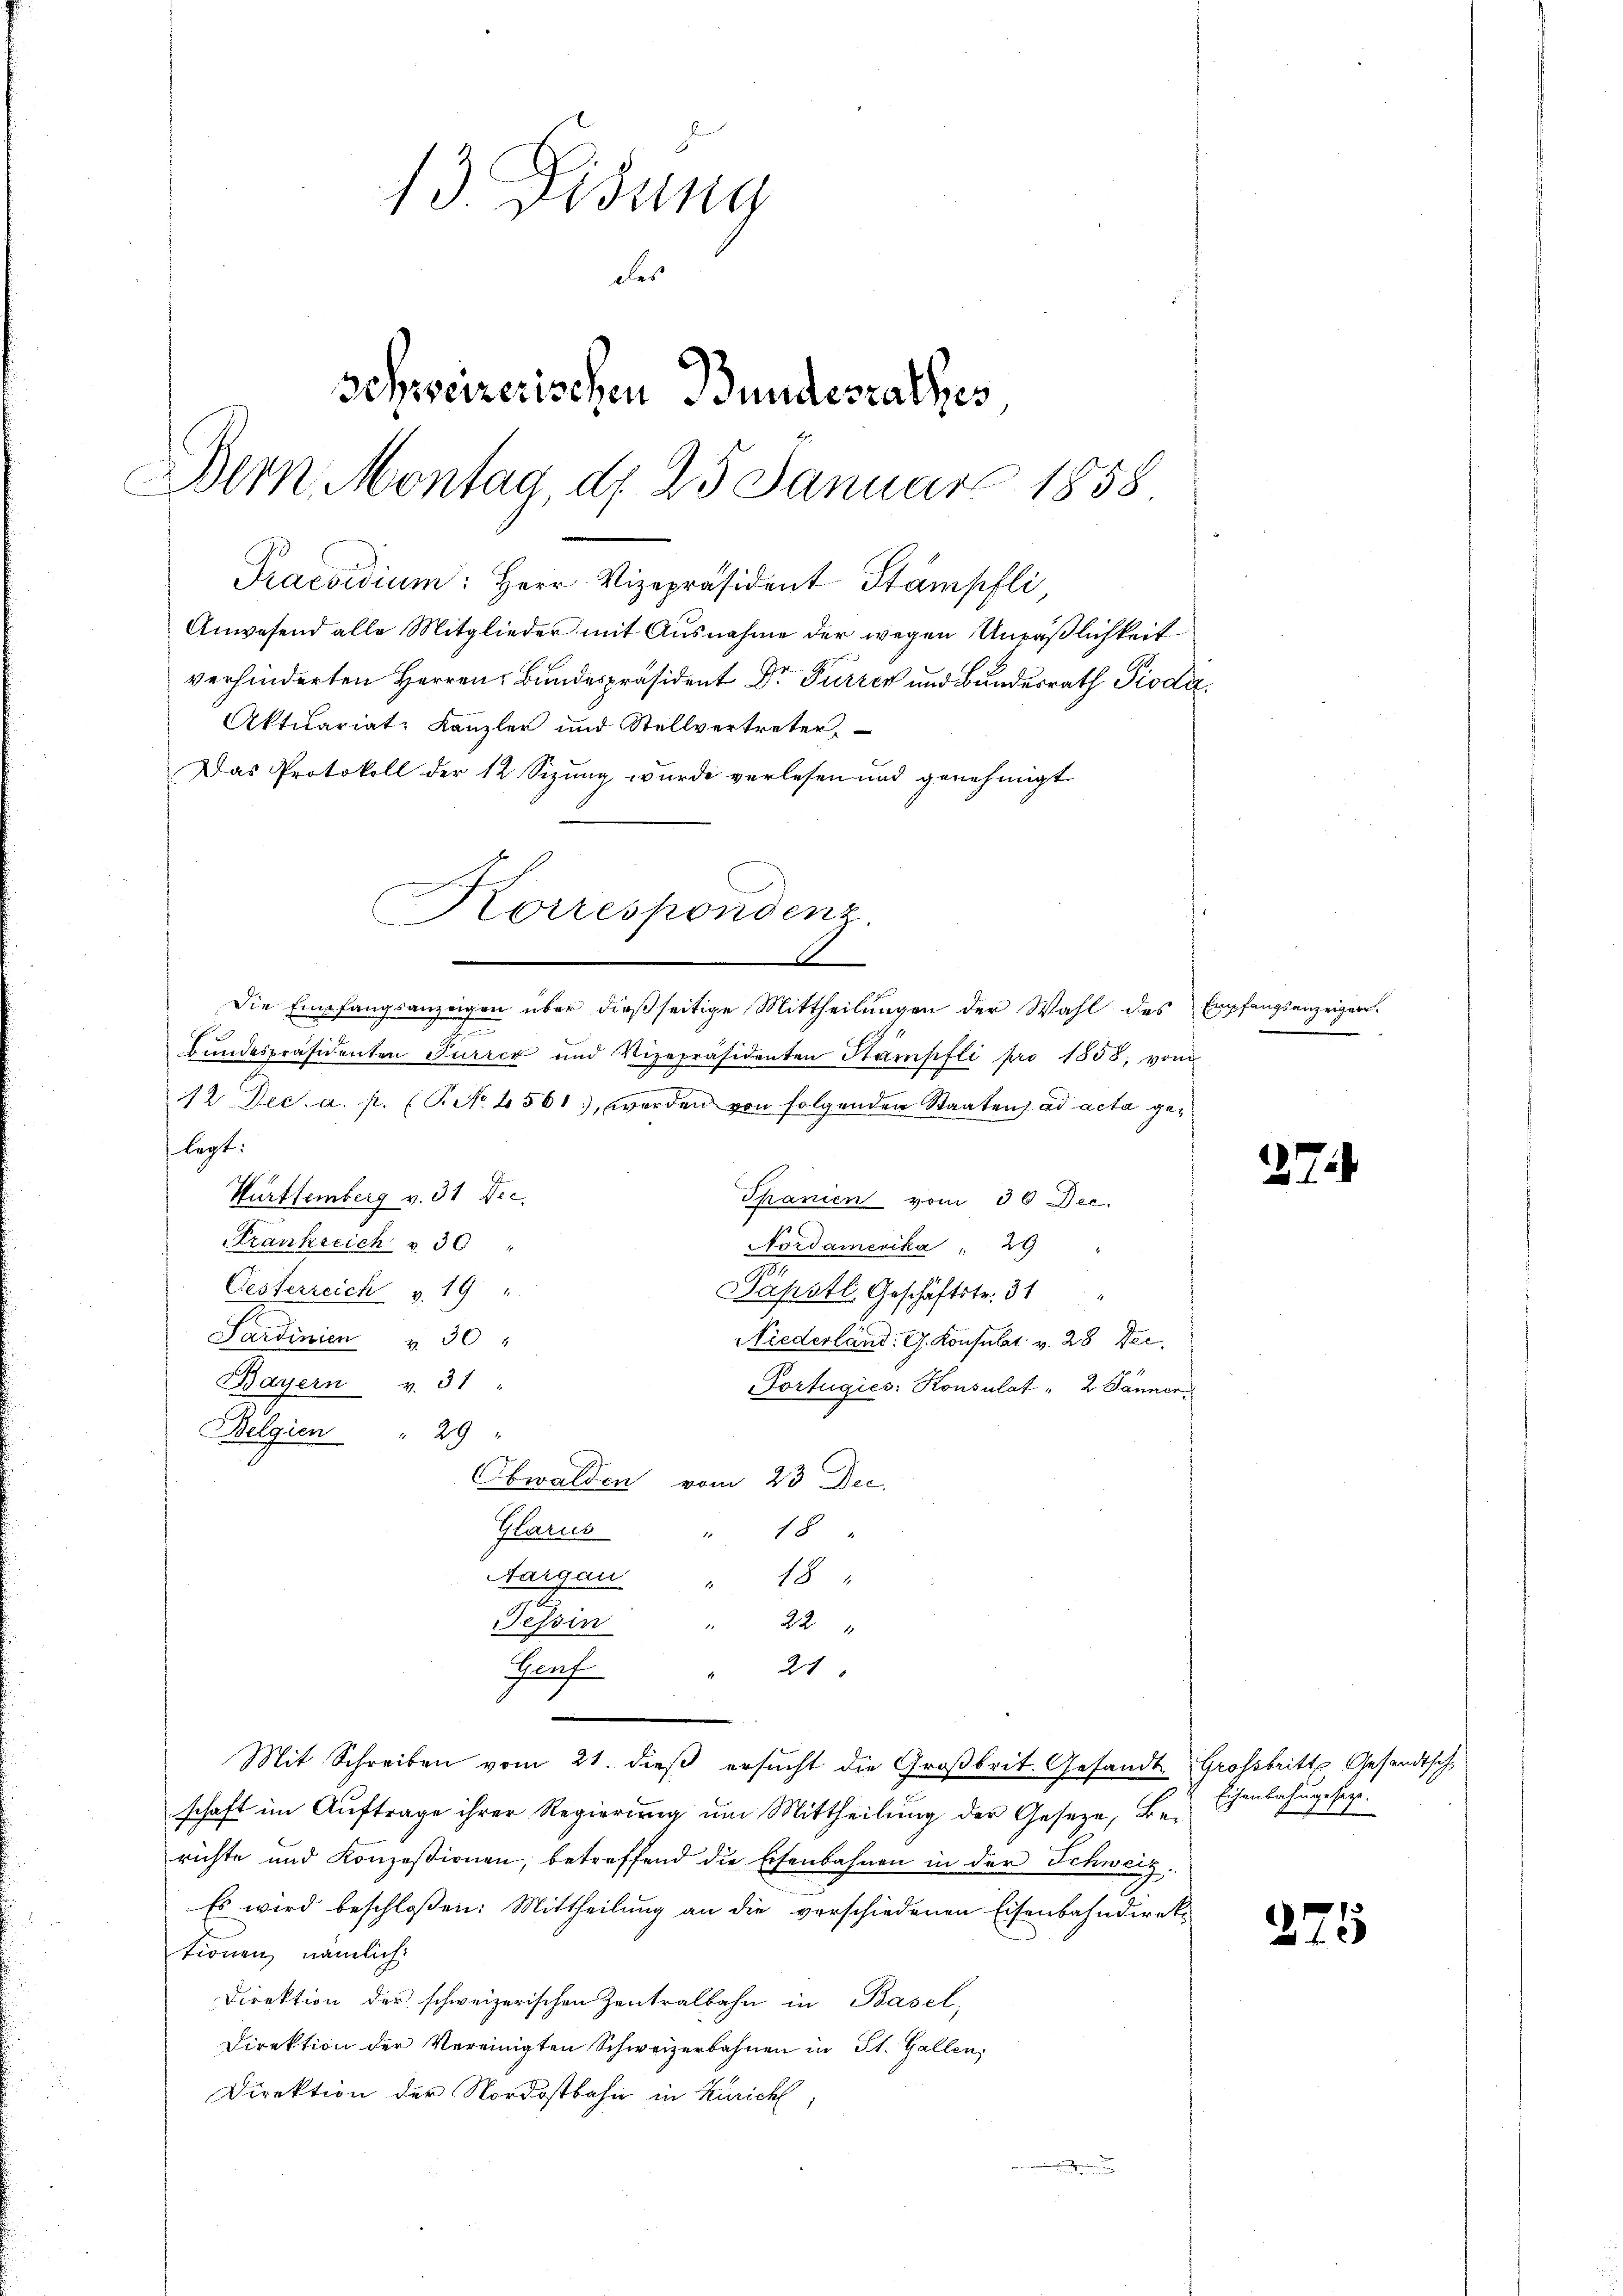
13. Didung
des
schweizerischen Bundesrathes
Dern, Montag, d. 25. Januar 1858
Praesidium: Herr Vizepräsident Stämpfli,
Anwesend alle Mitglieder mit Ausnahme der wegen Unpäßlichkeit
verhinderten Herren Bundespräsident Dr Furren und Bundesrath Piodi
Aktuariat: Kanzler und Stellvertreter,
Das Protokoll der 12 Sizung wurde verlesen und genehmigt

Korrespondenz
.

Die Empfangsanzeigen über dießseitige Mittheilungen der Wahl des Empfangsanzeigen.
Bundespräsidenten Furrer und Vizepräsidenten Stampfli pro 1858, von
12 Dec. a. p. (T. No. 4561, worden von folgenden Staaten ad acta gelegt.
Württemberg v. 31 Dec.
Krankreich v. 30
Oesterreich v. 19 "
Päpstl. Geschäftstr. 31
Sardinien v. 30
Niederland. G. Konsulat v. 28 Dec.
Bayern v. 31
Portugies: Konsulat " 2. Jänner
29
Belgien
Obwalden vom 23 Dec.
Kaues
18
1
Aargau " 18
Tessin " 22 "
Genf " 21
1.
Mit Schreiben vom 21. dieβ ersŭcht die Großbrit. Gesandte Großbritte Gesandtsch
schaft im Auftrage ihrer Regierung um Mittheilung der Gesetze, Berichte und Konzessionen, betreffend die Eisenbahnen in der Schweiz.
Es wird beschloßen: Mittheilung an die verschiedenen Eisenbahndirektionen nämlich.
Direktion der schweizerischen Zentralbahn in Basel,
Direktion der Vereinigten Schweizerbahnen in St. Gallen,
Direktion der Nordostbahn in Zürich,

Thanien vom 36 Dec.
Nordamerika  "    29

e

27)

Eisenbahngesagt.

275